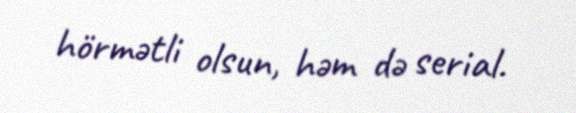
hörmətli olsun, həm də serial.